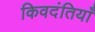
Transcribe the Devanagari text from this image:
किवदंतियाँ